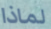
لماذا